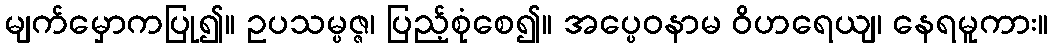
မျက်မှောကပြု၍။ ဥပသမ္ပဇ္ဇ၊ ပြည့်စုံစေ၍။ အပ္ပေဝနာမ ဝိဟရေယျ၊ နေရမူကား။